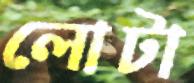
লোটা